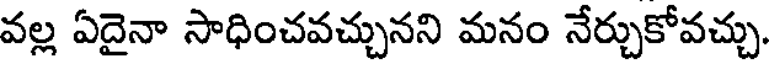
వల్ల ఏదైనా సాధించవచ్చునని మనం నేర్చుకోవచ్చు.